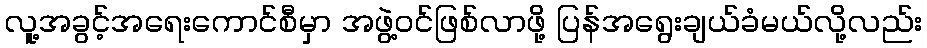
လူ့အခွင့်အရေးကောင်စီမှာ အဖွဲ့ဝင်ဖြစ်လာဖို့ ပြန်အရွေးချယ်ခံမယ်လို့လည်း